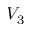
V _ { 3 }